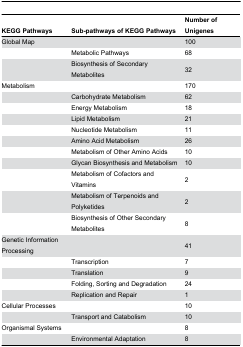
| KEGG Pathways | Sub-pathways of KEGG Pathways | Number of Unigenes |
 | --- | --- | --- |
 | Global Map |  | 100 |
 |  | Metabolic Pathways | 68 |
 |  | Biosynthesis of Secondary Metabolites | 32 |
 | Metabolism |  | 170 |
 |  | Carbohydrate Metabolism | 62 |
 |  | Energy Metabolism | 18 |
 |  | Lipid Metabolism | 21 |
 |  | Nucleotide Metabolism | 11 |
 |  | Amino Acid Metabolism | 26 |
 |  | Metabolism of Other Amino Acids | 10 |
 |  | Glycan Biosynthesis and Metabolism | 10 |
 |  | Metabolism of Cofactors and Vitamins | 2 |
 |  | Metabolism of Terpenoids and Polyketides | 2 |
 |  | Biosynthesis of Other Secondary Metabolites | 8 |
 | Genetic Information Processing |  | 41 |
 |  | Transcription | 7 |
 |  | Translation | 9 |
 |  | Folding, Sorting and Degradation | 24 |
 |  | Replication and Repair | 1 |
 | Cellular Processes |  | 10 |
 |  | Transport and Catabolism | 10 |
 | Organismal Systems |  | 8 |
 |  | Environmental Adaptation | 8 |